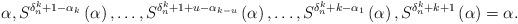
LaTeX: \begin{align*} \alpha,S^{\delta_n^k+1-\alpha_k }\left (\alpha \right ), \dots, S^{\delta_n^k+1+u-\alpha_{k-u}}\left (\alpha \right ), \dots, S^{\delta_n^k+k-\alpha_{1}}\left (\alpha \right ), S^{\delta_n^k+k+1}\left (\alpha \right )=\alpha. \end{align*}